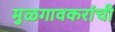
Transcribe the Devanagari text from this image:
मुळगावकरांची